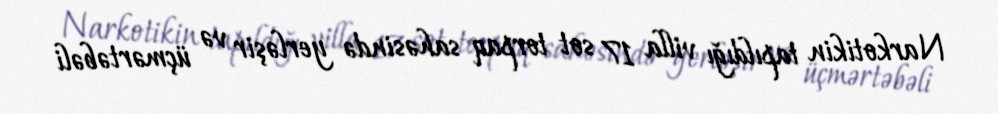
Narkotikin tapıldığı villa 17 sot torpaq sahəsində yerləşir və üçmərtəbəli